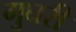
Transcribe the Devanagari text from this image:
गुघरी